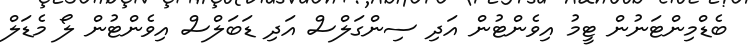
ބެޑްމިންޓަނުން ޓީމު އިވެންޓުން އަދި ސިންގަލްސް އަދި ޑަބަލްސް އިވެންޓުން ލޯ މެޑަލް